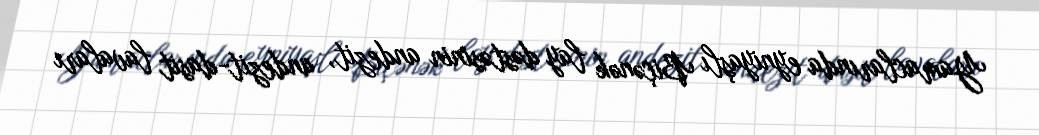
Yamaclarında eyniyaşlı Biçənək lay dəstəsinin andezit, andezit-dasit lavaları